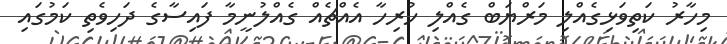
މިހާރު ކަތިވަޅިގެއްލި މަރްޔަބް ގެއްލި ހުރިހާ އެއްޗެއް ގެއްލުނީމާ ފައިސާގެ ދަހިވެތި ކަމުގައި